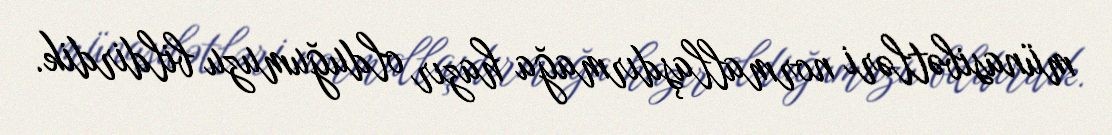
münasibətləri normallaşdırmağa hazır olduğumuzu bildirdik.